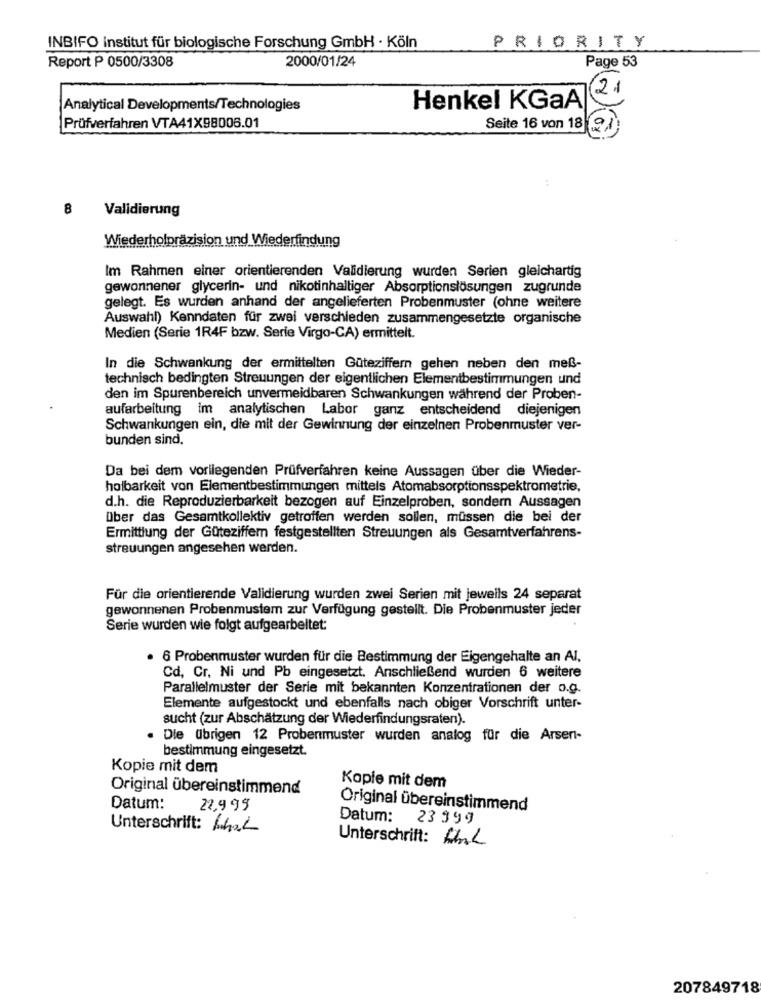
INBIFO institut für biologische Forschung GmbH · Köln
PRIORITY
2000/01/24
Report P 0500/3308
Page 53
21
Analytical Developments/Technologies
Henkel KGaA
Prüfverfahren VTA41X98006.01
Seite 16 von 18
8
Validierung
Wiederholpräzision und Wiederfindung
Im Rahmen einer orientierenden Validierung wurden Serien gleichartig
gewonnener glycerin- und nikotinhaltiger Absorptionslösungen zugrunde
gelegt. Es wurden anhand der angelieferten Probenmuster (ohne weitere
Auswahl) Kenndaten für zwei verschieden zusammengesetzte organische
Medien (Serie 1R4F bzw. Serie Virgo-CA) ermittelt.
In die Schwankung der ermittelten Güteziffern gehen neben den meß-
technisch bedingten Streuungen der eigentlichen Elementbestimmungen und
den im Spurenbereich unvermeidbaren Schwankungen während der Proben-
aufarbeitung im analytischen Labor ganz entscheidend diejenigen
Schwankungen ein, die mit der Gewinnung der einzelnen Probenmuster ver-
bunden sind.
Da bei dem vorliegenden Prüfverfahren keine Aussagen über die Wieder-
holbarkeit von Elementbestimmungen mittels Atomabsorptionsspektrometrie,
d.h. die Reproduzierbarkeit bezogen auf Einzelproben, sondern Aussagen
Über das Gesamtkollektiv getroffen werden sollen, müssen die bei der
Ermittlung der Güteziffern festgestellten Streuungen als Gesamtverfahrens-
streuungen angesehen werden.
Für die orientierende Validierung wurden zwei Serien mit jeweils 24 separat
gewonnenen Probenmustem zur Verfügung gestellt. Die Probenmuster jeder
Serie wurden wie folgt aufgearbeitet:
· 6 Probenmuster wurden für die Bestimmung der Eigengehalte an Al,
Cd, Cr. Ni und Pb eingesetzt. Anschließend wurden 6 weitere
Parallelmuster der Serie mit bekannten Konzentrationen der o.g.
Elemente aufgestockt und ebenfalls nach obiger Vorschrift unter-
sucht (zur Abschätzung der Wiederfindungsraten).
Die übrigen 12 Probenmuster wurden analog für die Arsen-
bestimmung eingesetzt.
Kopie mit dem
Kopie mit dem
Original übereinstimmend
Datum:
22,9 95
Original übereinstimmend
Datum:
23 999
Unterschrift: Khal
Unterschrift: Lhl
207849718